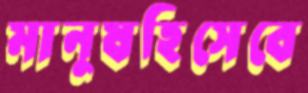
মানুষহিসেবে